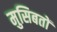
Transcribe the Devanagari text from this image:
मुसिबतों